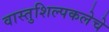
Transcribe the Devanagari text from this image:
वास्तुशिल्पकलेचे